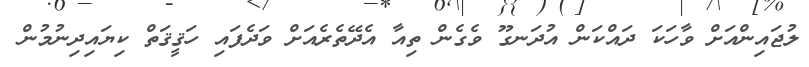
ލުޖައިންއަށް ވާހަކަ ދައްކަން އުދަނގޫ ވެގެން ތިއާ އެދޭތެރެއަށް ވަދެފައި ހަޤީޤަތް ކިޔައިދިނުމުން